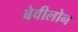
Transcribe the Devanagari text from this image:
बेवीलोन